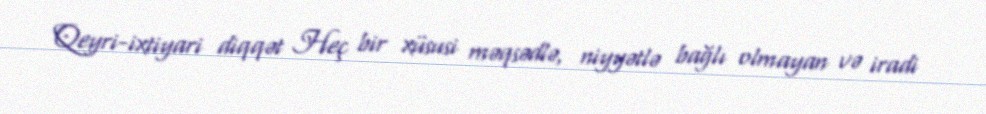
Qeyri-ixtiyari diqqət Heç bir xüsusi məqsədlə, niyyətlə bağlı olmayan və iradi